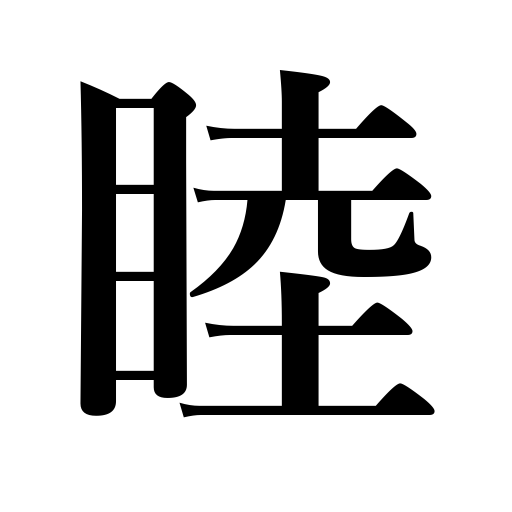
Meanings: intimate,friendly,harmonious